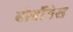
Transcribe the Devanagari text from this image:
बोर्बोनेस